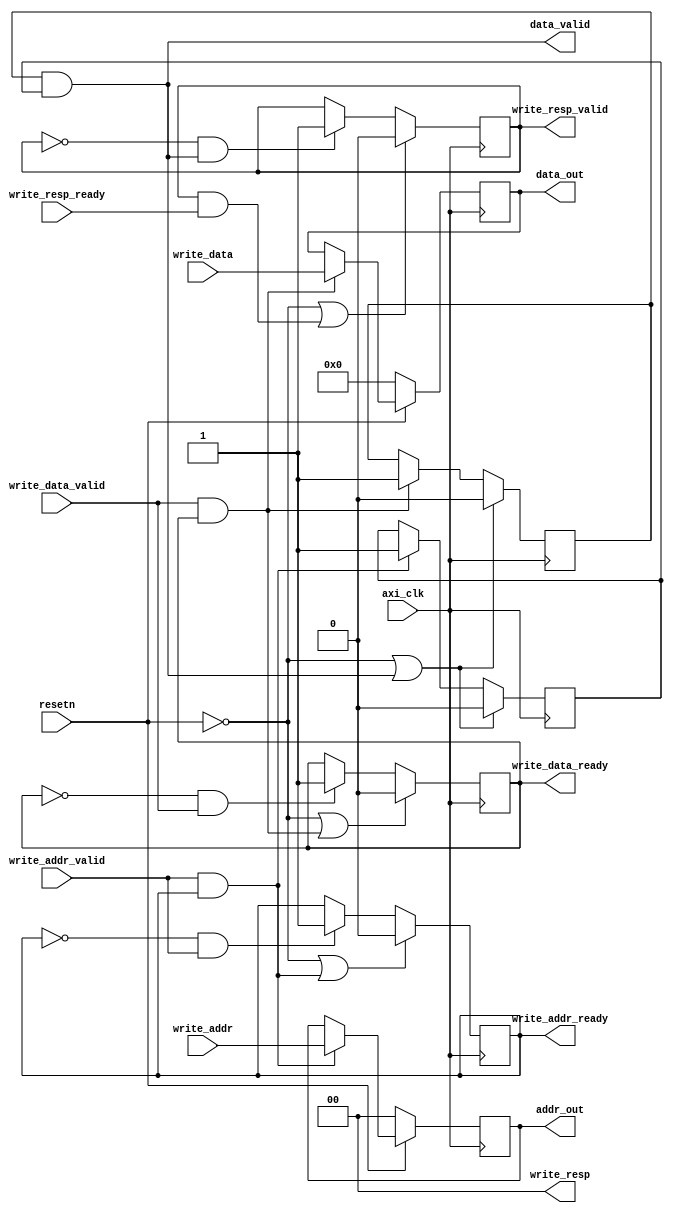
module AXI4_write #(parameter ADDRESS_WIDTH = 2)
(
	input axi_clk,
	input resetn,   //axi is reset low

	// write address channel
	input  [ADDRESS_WIDTH -  1 : 0] write_addr,
	input  write_addr_valid,
	output reg write_addr_ready,

	// write data channel
	input  [31 : 0] write_data,
	input  write_data_valid,
	output reg write_data_ready,

	// write response channel	
	output [ADDRESS_WIDTH - 1 : 0] write_resp,
	input  write_resp_ready,
	output reg write_resp_valid,
	
	output [31 : 0] data_out,                   // data output to external logic
	output [ADDRESS_WIDTH - 1 : 0] addr_out,    // address output to external logic
	output data_valid		                    // signal indicating output data and address are valid
);

	reg addr_done;
	reg data_done;

	// flip flops for latching data
	reg [31 : 0] data_latch;
	reg [ADDRESS_WIDTH - 1 : 0]  addr_latch;

	assign data_out = data_latch;
	assign addr_out = addr_latch;

	assign data_valid = data_done & addr_done;

	assign write_resp = {ADDRESS_WIDTH{1'b0}}; // always indicate OKAY status for writes

	// write address handshake
	always @(posedge axi_clk)
	begin
		if(~resetn | (write_addr_valid & write_addr_ready) )
			write_addr_ready <= 0;
		else if(~write_addr_ready & write_addr_valid)
			write_addr_ready <= 1;
	end

	// write data handshake
	always @(posedge axi_clk)
	begin
		if(~resetn | (write_data_valid & write_data_ready) )
			write_data_ready <= 0;
		else if(~write_data_ready & write_data_valid)
			write_data_ready <= 1;
	end

	// keep track of which handshakes completed
	always @(posedge axi_clk)
	begin
		if(resetn == 0 || (addr_done & data_done) ) // reset or both phases done
		begin
			addr_done <= 0;
			data_done <= 0;
		end
		else
		begin	
			if(write_addr_valid & write_addr_ready) // look for addr handshake
				addr_done <= 1;
		
			if(write_data_valid & write_data_ready) // look for data handshake
				data_done <= 1;	
		end
	end

	// latching logic
	always @(posedge axi_clk)
	begin
		if(resetn == 0) // reset values
		begin
			data_latch <= 32'd0;
			addr_latch <= {ADDRESS_WIDTH{1'b0}};
		end
		else
		begin
			if(write_data_valid & write_data_ready) // look for data handshake
				data_latch <= write_data;
			
			if(write_addr_valid & write_addr_ready) // look for address handshake
				addr_latch <= write_addr;
		end
	end

	// write response logic
	always @(posedge axi_clk)
	begin	
		if(resetn == 0 | (write_resp_valid & write_resp_ready))
			write_resp_valid <= 0;
		else if(~write_resp_valid & (data_done & addr_done))
			write_resp_valid <= 1;	
	end

endmodule